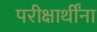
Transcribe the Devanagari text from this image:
परीक्षार्थींना